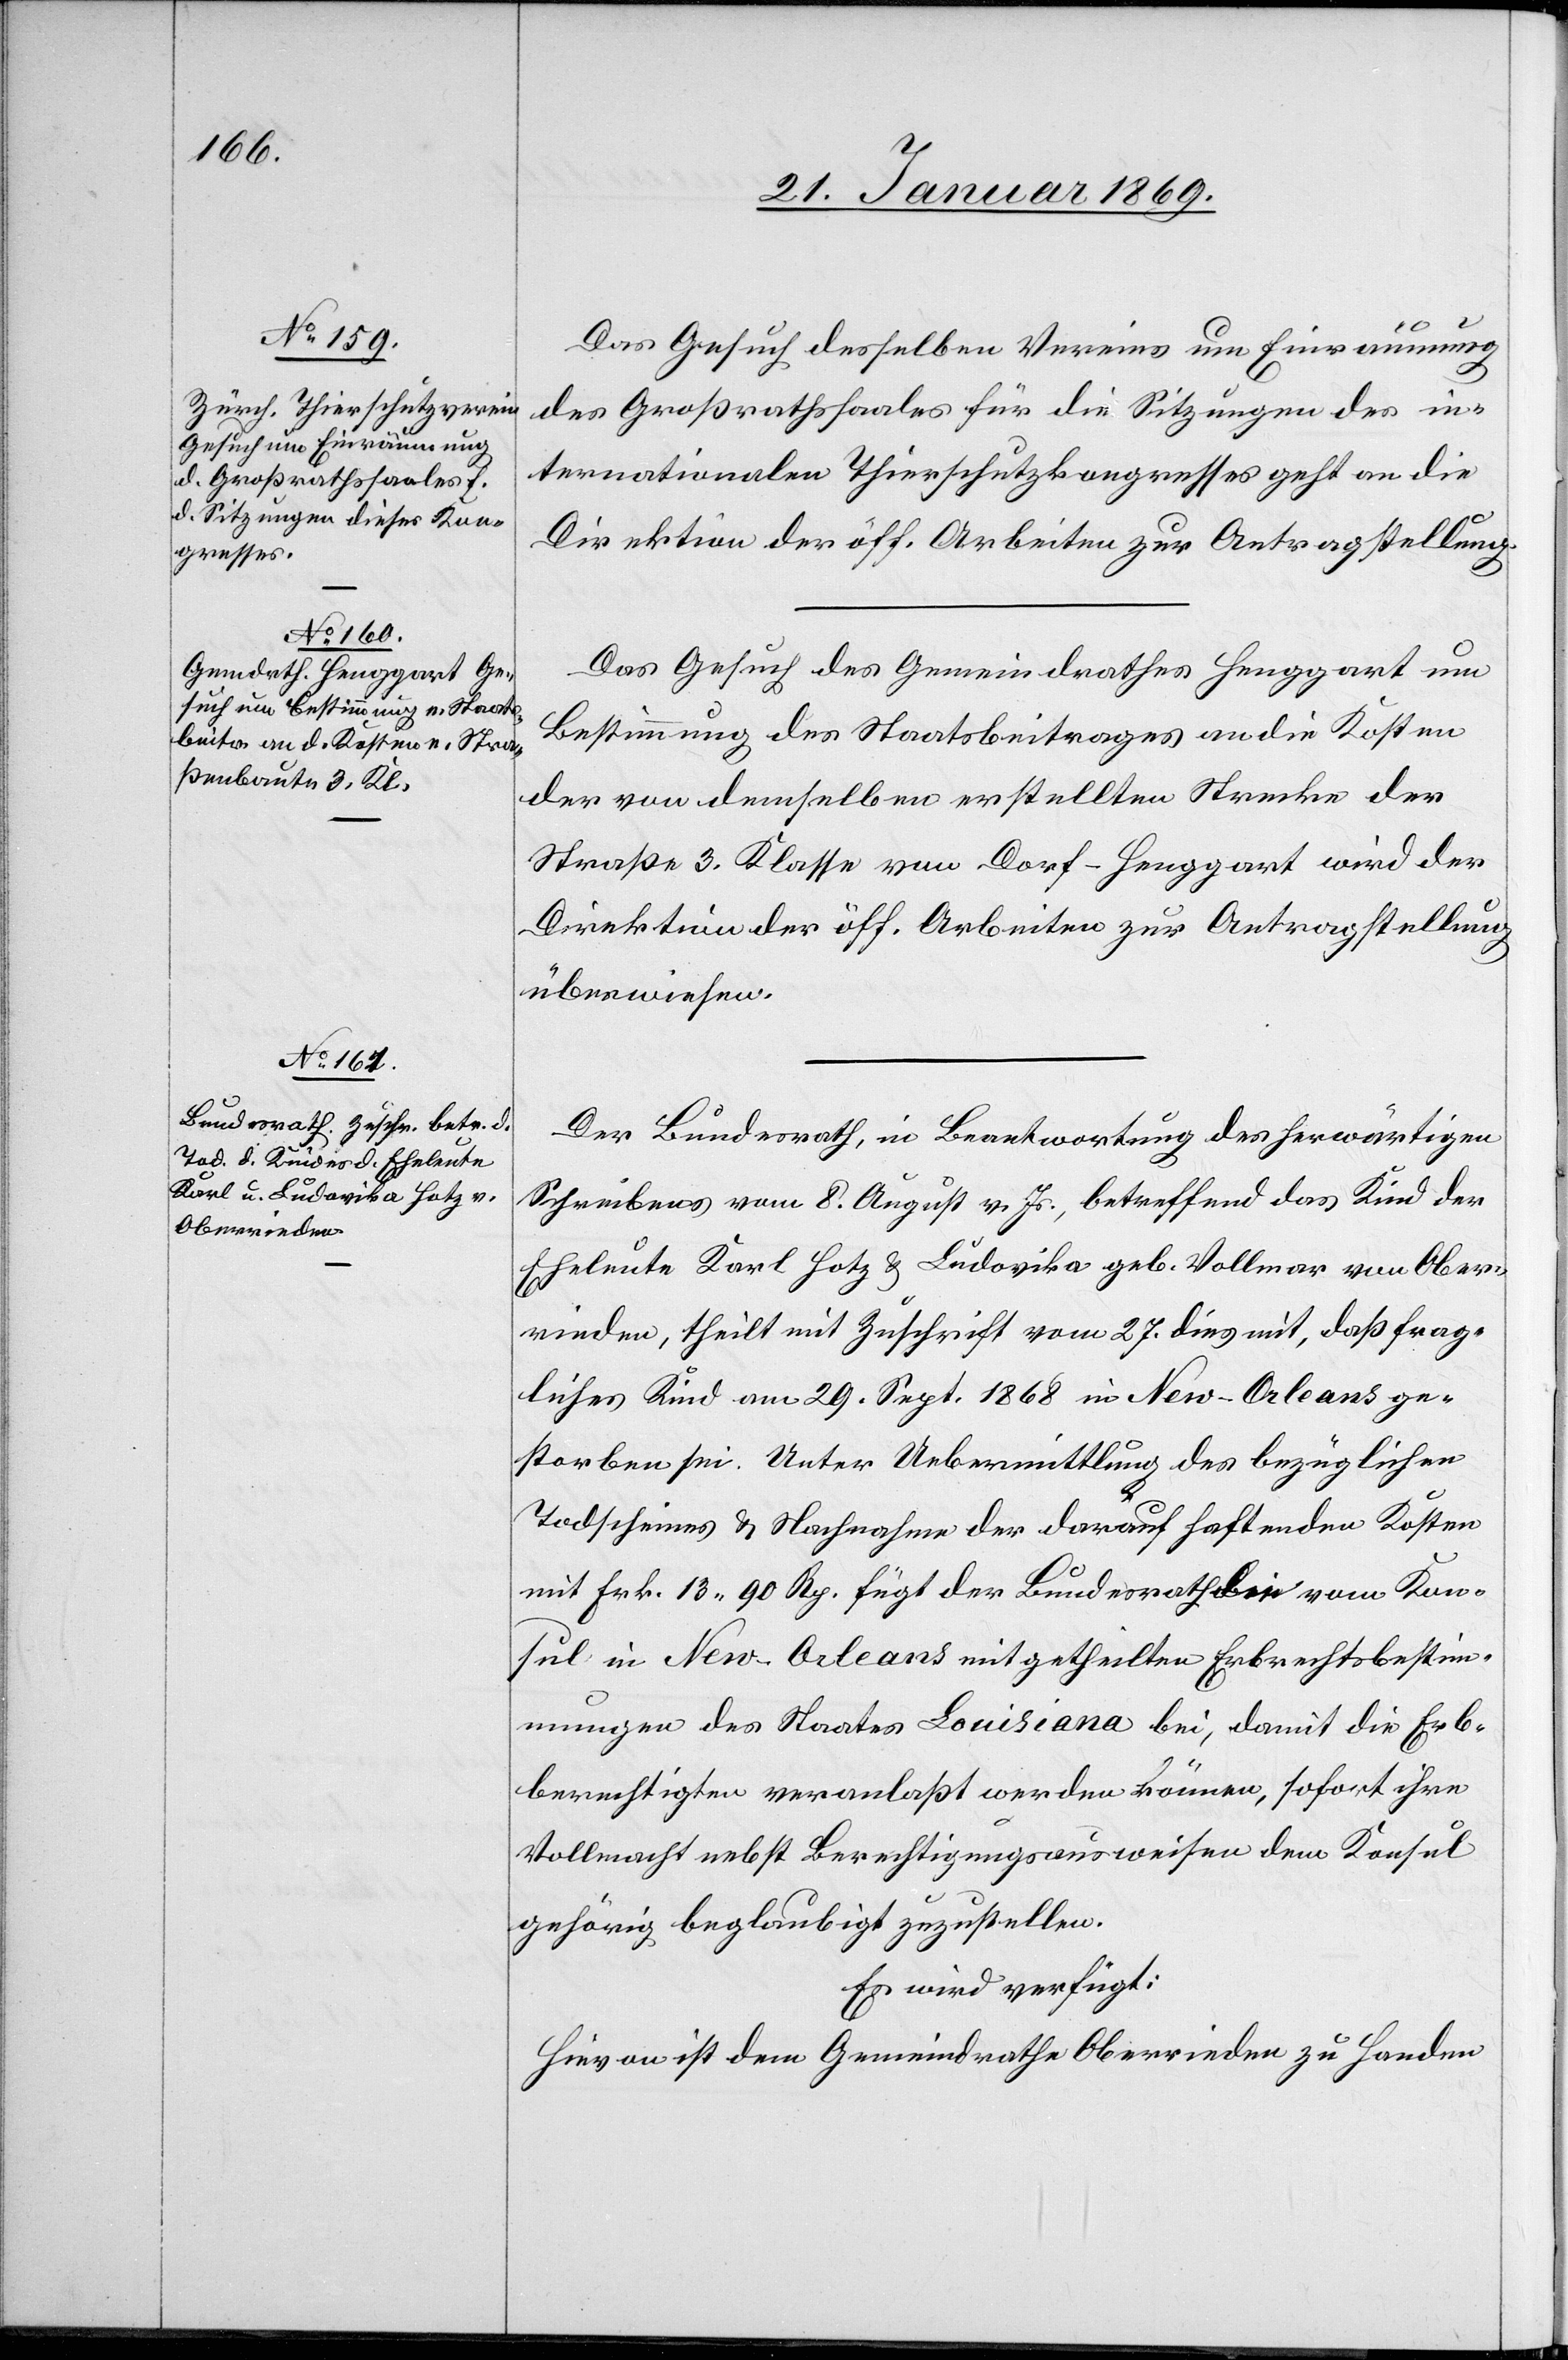
29. Januar 1869.]
Das Gesuch desselben Vereines um Einräumung
des Großrathssaales für die Sitzungen des in¬
ternationalen Thierschutzkongresses geht an die
Direktion der öff. Arbeiten zur Antragstellung
Das Gesuch des Gemeindrathes Henggart um
Bestimmung des Staatsbeitrages an die Kosten
der von demselben erstellten Strecke der
Straße 3. Klasse von Dorf–Henggart wird der
überwiesen.
Der Bundesrath, in Beantwortung des herwärtigen
Schreibens vom 8. August v. Js., betreffend das Kind der
Eheleute Karl Hotz u. Ludorika geb. Vollmar von Ober¬
rieden, theilt mit Zuschrift vom 27. dies mit, daß frag¬
liches Kind am 29. Sept. 1868 in New-Orleans ge¬
storben sei. Unter Uebermittlung des bezüglichen
Todscheines & Nachnahme der darauf haftenden Kosten
mit Frk. 13 90 Rp. fügt der Bundesrath die vom Kon¬
sul in New-Orleans mitgetheilten Erbrechtsbestim¬
mungen des Staates Louisiana bei, damit die Erb¬
berechtigten veranlaßt werden können, sofort ihre
Vollmacht nebst Berechtigungsausweisen dem Konsul
gehörig beglaubigt zuzustellen.
Es wird verfügt:
Hievon ist dem Gemeindrathe Oberrieden zu Handen